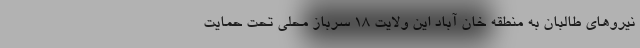
نیروهای طالبان به منطقه خان آباد این ولایت ۱۸ سرباز محلی تحت حمایت